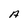
Character: A